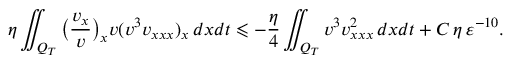
\eta \iint _ { Q _ { T } } { \bigl ( \frac { v _ { x } } { v } \bigr ) _ { x } v ( v ^ { 3 } v _ { x x x } ) _ { x } \, d x d t } \leqslant - \frac { \eta } { 4 } \iint _ { Q _ { T } } { v ^ { 3 } v _ { x x x } ^ { 2 } \, d x d t } + C \, \eta \, \varepsilon ^ { - 1 0 } .